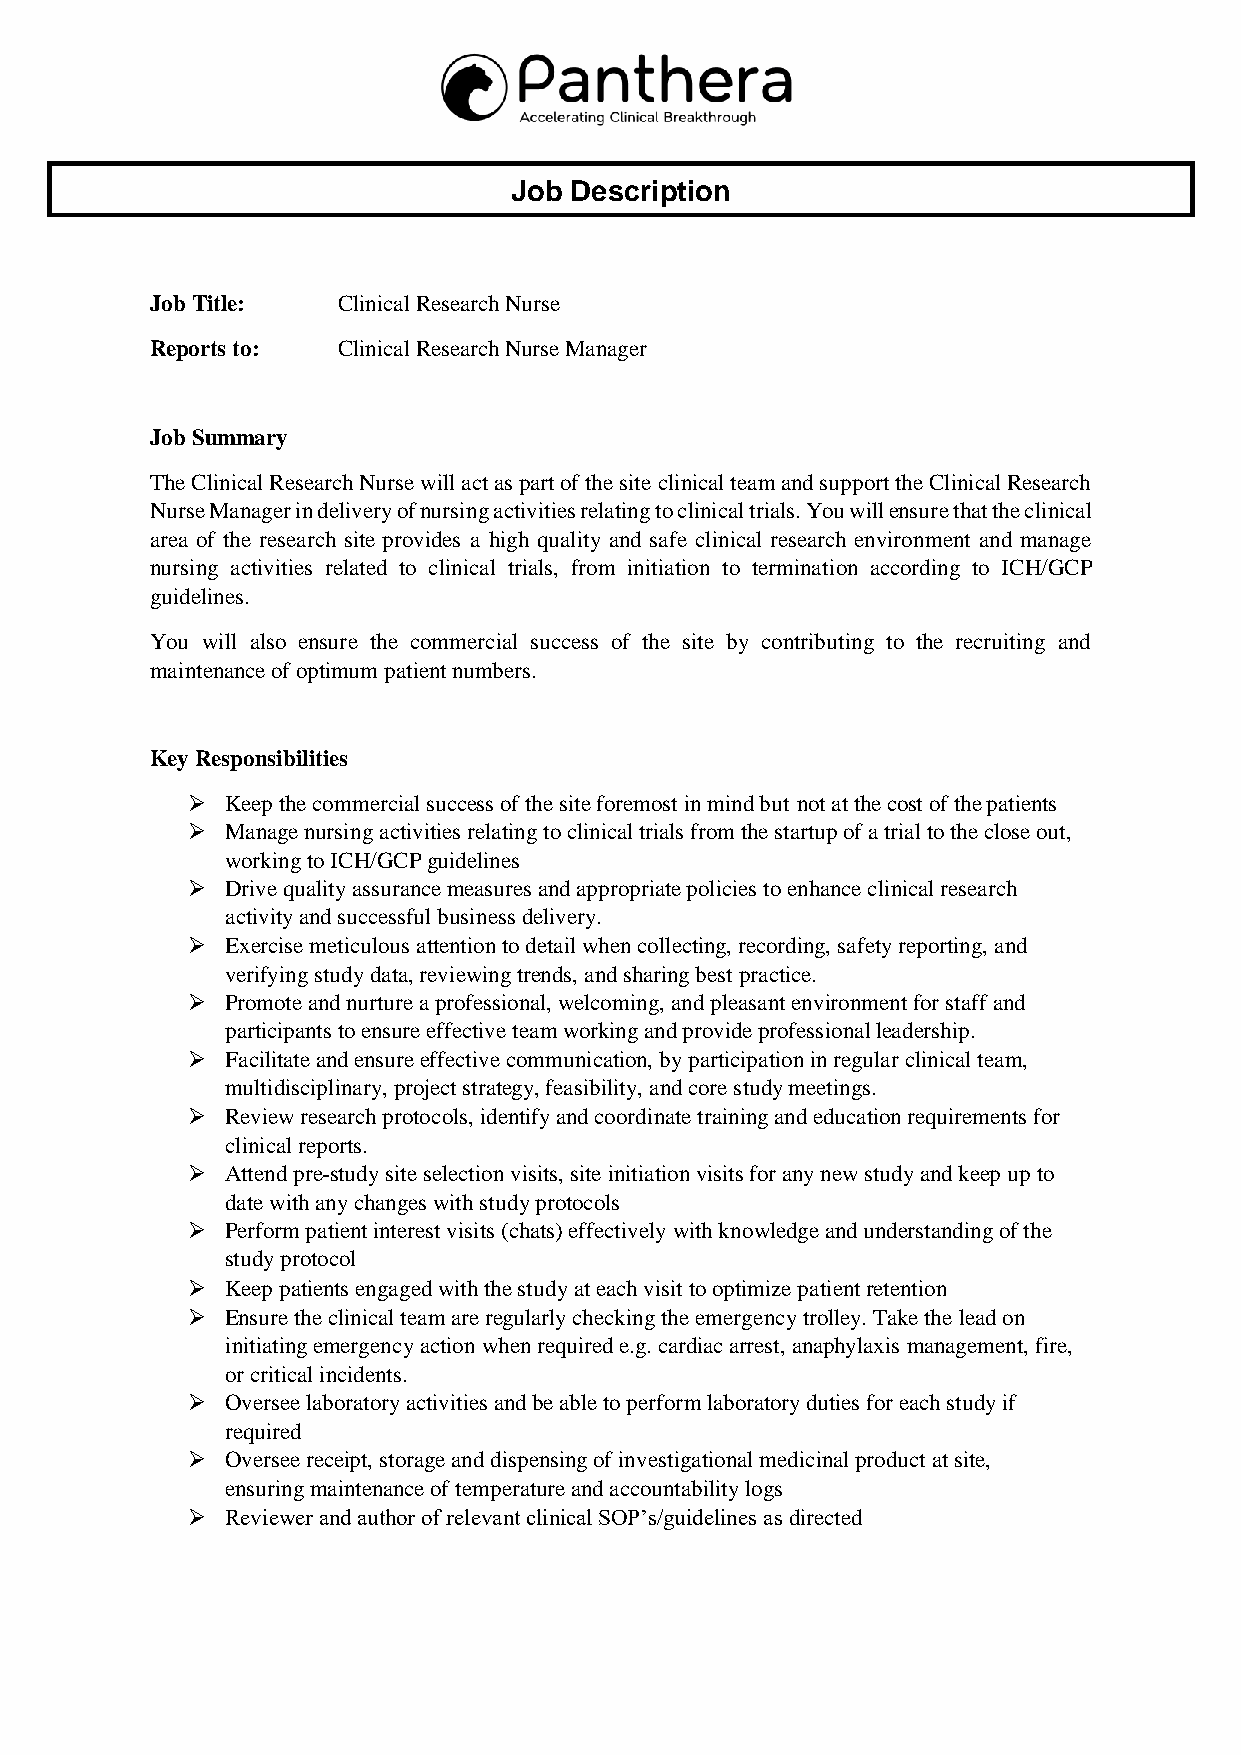
Job Description
 Job Title:  Clinical Research Nurse
 Reports to: Clinical Research Nurse Manager
 Job Summary
 The Clinical Research Nurse will act as part of the site clinical team and support the Clinical Research
 Nurse Manager in delivery of nursing activities relating to clinical trials. You will ensure that the clinical
 area of the research site provides a high quality and safe clinical research environment and manage
 nursing activities related to clinical trials, from initiation to termination according to ICH/GCP
 guidelines.
 You will also ensure the commercial success of the site by contributing to the recruiting and
 maintenance of optimum patient numbers.
 Key Responsibilities
   Keep the commercial success of the site foremost in mind but not at the cost of the patients
   Manage nursing activities relating to clinical trials from the startup of a trial to the close out,
 working to ICH/GCP guidelines
   Drive quality assurance measures and appropriate policies to enhance clinical research
 activity and successful business delivery.
   Exercise meticulous attention to detail when collecting, recording, safety reporting, and
 verifying study data, reviewing trends, and sharing best practice.
   Promote and nurture a professional, welcoming, and pleasant environment for staff and
 participants to ensure effective team working and provide professional leadership.
   Facilitate and ensure effective communication, by participation in regular clinical team,
 multidisciplinary, project strategy, feasibility, and core study meetings.
   Review research protocols, identify and coordinate training and education requirements for
 clinical reports.
   Attend pre-study site selection visits, site initiation visits for any new study and keep up to
 date with any changes with study protocols
   Perform patient interest visits (chats) effectively with knowledge and understanding of the
 study protocol
   Keep patients engaged with the study at each visit to optimize patient retention
   Ensure the clinical team are regularly checking the emergency trolley. Take the lead on
 initiating emergency action when required e.g. cardiac arrest, anaphylaxis management, fire,
 or critical incidents.
   Oversee laboratory activities and be able to perform laboratory duties for each study if
 required
   Oversee receipt, storage and dispensing of investigational medicinal product at site,
 ensuring maintenance of temperature and accountability logs
   Reviewer and author of relevant clinical SOP’s/guidelines as directed